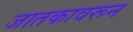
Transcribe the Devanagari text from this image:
जातकावरून